Annual administration report of the Civil Veterinary Department of India - 1896-1897
Year: 1896
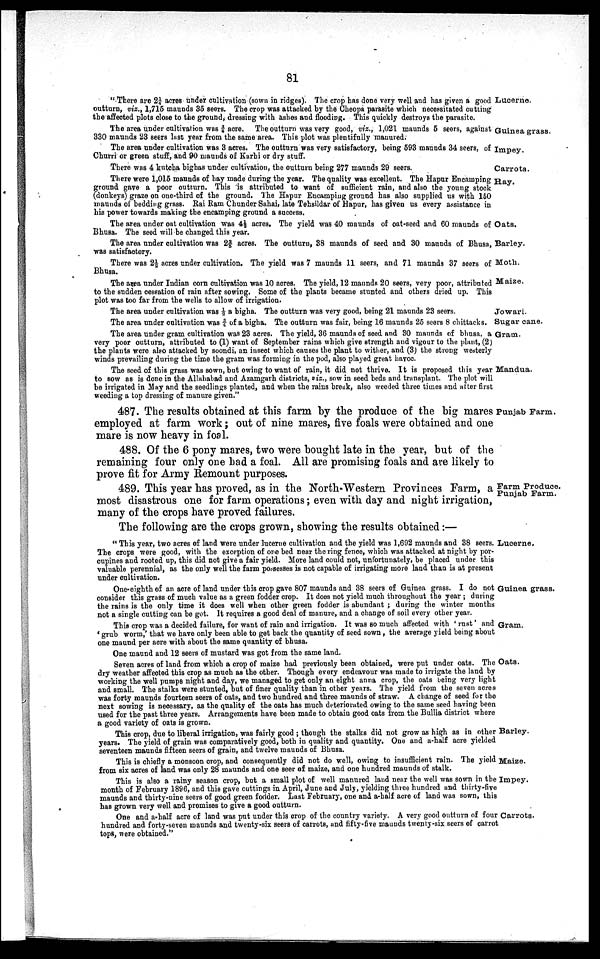
81
Lucerne.
"There are 2¼ acres under cultivation (sown in ridges). The crop has done very well and has given a good
outturn, viz., 1,715 maunds 35 seers. The crop was attacked by the Cheopa parasite which necessitated cutting
the affected plots close to the ground, dressing with ashes and flooding. This quickly destroys the parasite.
Guinea grass.
The area under cultivation was ¾ acre. The outturn was very good, viz., 1,021 maunds 5 seers, against
330 maunds 23 seers last year from the same area. This plot was plentifully manured.
Impey.
The area under cultivation was 3 acres. The outturn was very satisfactory, being 593 maunds 34 seers, of
Churri or green stuff, and 90 maunds of Karbi or dry stuff.
Carrots.
There was 4 kutcha bighas under cultivation, the outturn being 277 maunds 29 seers.
Hay.
There were 1,015 maunds of hay made during the year. The quality was excellent. The Hapur Encamping
ground gave a poor outturn. This is attributed to want of sufficient rain, and also the young stock
(donkeys) graze on one-third of the ground. The Hapur Encamping ground has also supplied us with 150
maunds of bedding grass. Rai Ram Chunder Sahai, late Tehsildar of Hapur, has given us every assistance in
his power towards making the encamping ground a success.
Oats.
The area under oat cultivation was 4½ acres. The yield was 40 maunds of oat-seed and 60 maunds of
Bhusa. The seed will be changed this year.
Barley.
The area under cultivation was 2 2 / 5 acres. The outturn, 38 maunds of seed and 30 maunds of Bhusa,
was satisfactory.
Moth.
There was 2½ acres under cultivation. The yield was 7 maunds 11 seers, and 71 maunds 37 seers of
Bhusa.
Maize.
The area under Indian corn cultivation was 10 acres. The yield, 12 maunds 20 seers, very poor, attributed
to the sudden cessation of rain after sowing. Some of the plants became stunted and others dried up. This
plot was too far from the wells to allow of irrigation.
Jowari.
The area under cultivation was ½ a bigha. The outturn was very good, being 21 maunds 23 seers.
Sugar cane.
The area under cultivation was ¾ of a bigha. The outturn was fair, being 16 maunds 25 seers 8 chittacks.
Gram.
The area under gram cultivation was 23 acres. The yield, 36 maunds of seed and 30 maunds of bhusa. a
very poor outturn, attributed to (1) want of September rains which give strength and vigour to the plant, (2)
the plants were also attacked by soondi, an insect which causes the plant to wither, and (3) the strong westerly
winds prevailing during the time the gram was forming in the pod, also played great havoc.
Mandua.
The seed of this grass was sown, but owing to want of rain, it did not thrive. It is proposed this year
to sow as is done in the Allahabad and Azamgarh districts, viz., sow in seed beds and transplant. The plot will
be irrigated in May and the seedlings planted, and when the rains break, also weeded three times and after first
weeding a top dressing of manure given."
Punjab Farm.
487. The results obtained at this farm by the produce of the big mares
employed at farm work; out of nine mares, five foals were obtained and one
mare is now heavy in foal.
488. Of the 6 pony mares, two were bought late in the year, but of the
remaining four only one had a foal. All are promising foals and are likely to
prove fit for Army Remount purposes.
Farm Produce.
Punjab Farm.
489. This year has proved, as in the North-Western Provinces Farm, a
most disastrous one for farm operations; even with day and night irrigation,
many of the crops have proved failures.
The following are the crops grown, showing the results obtained:—
Lucerne.
" This year, two acres of land were under lucerne cultivation and the yield was 1,692 maunds and 38 seers.
The crops were good, with the exception of one bed near the ring fence, which was attacked at night by por-
cupines and rooted up, this did not give a fair yield. More land could not, unfortunately, be placed under this
valuable perennial, as the only well the farm possesses is not capable of irrigating more land than is at present
under cultivation.
Guinea grass.
One-eighth of an acre of land under this crop gave 807 maunds and 38 seers of Guinea grass. I do not
consider this grass of much value as a green fodder crop. It does not yield much throughout the year; during
the rains is the only time it does well when other green fodder is abundant ; during the winter months
not a single cutting can be got. It requires a good deal of manure, and a change of soil every other year.
Gram.
This crop was a decided failure, for want of rain and irrigation. It was so much affected with ' rust' and
' grub worm,' that we have only been able to get back the quantity of seed sown, the average yield being about
one maund per acre with about the same quantity of bhusa.
One maund and 12 seers of mustard was got from the same land.
Oats.
Seven acres of land from which a crop of maize had previously been obtained, were put under oats. The
dry weather affected this crop as much as the other. Though every endeavour was made to irrigate the land by
working the well pumps night and day, we managed to get only an eight anna crop, the oats being very light
and small. The stalks were stunted, but of finer quality than in other years. The yield from the seven acres
was forty maunds fourteen seers of oats, and two hundred and three maunds of straw. A change of seed for the
next sowing is necessary, as the quality of the oats has much deteriorated owing to the same seed having been
used for the past three years. Arrangements have been made to obtain good oats from the Bullia district where
a good variety of oats is grown.
Barley.
This crop, due to liberal irrigation, was fairly good; though the stalks did not grow as high as in other
years. The yield of grain was comparatively good, both in quality and quantity. One and a-half acre yielded
seventeen maunds fifteen seers of grain, and twelve maunds of Bhusa.
Maize.
This is chiefly a monsoon crop, and consequently did not do well, owing to insufficient rain. The yield
from six acres of land was only 28 maunds and one seer of maize, and one hundred maunds of stalk.
Impey.
This is also a rainy season crop, but a small plot of well manured land near the well was sown in the
month of February 1896, and this gave cuttings in April, June and July, yielding three hundred and thirty-five
maunds and thirty-nine seers of good green fodder. Last February, one and a-half acre of land was sown, this
has grown very well and promises to give a good outturn.
Carrots.
One and a-half acre of land was put under this crop of the country variety. A very good outturn of four
hundred and forty-seven maunds and twenty-six seers of carrots, and fifty-five maunds twenty-six seers of carrot
tops, were obtained."